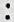
: